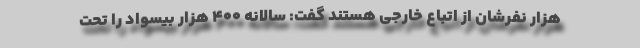
هزار نفرشان از اتباع خارجی هستند گفت: سالانه ۴۰۰ هزار بیسواد را تحت